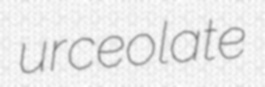
urceolate